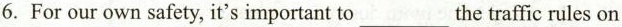
6. For our own safety, it's important to___the traffic rules on